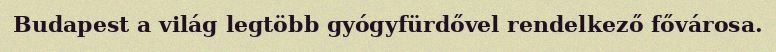
Budapest a világ legtöbb gyógyfürdővel rendelkező fővárosa.